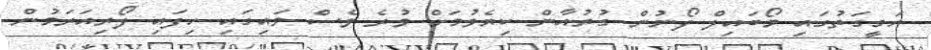
ހަގީގަތުގައި މޯބައިލް ފޯނުން ގުރުއާން ކިޔެވުމަށް ވުރެ ވެސް ވައިގައި ހިފައި ފޯރިއަރަމުން